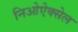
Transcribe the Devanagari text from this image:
निओऐक्सेल